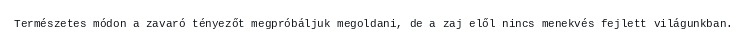
Természetes módon a zavaró tényezőt megpróbáljuk megoldani, de a zaj elől nincs menekvés fejlett világunkban.